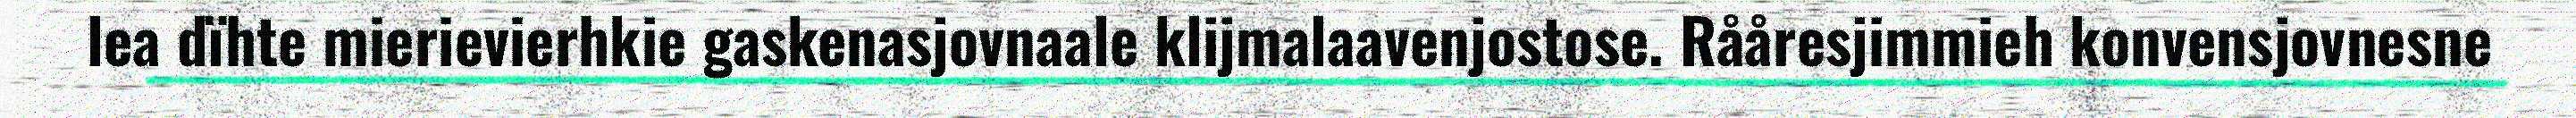
lea dïhte mierievierhkie gaskenasjovnaale klijmalaavenjostose. Rååresjimmieh konvensjovnesne